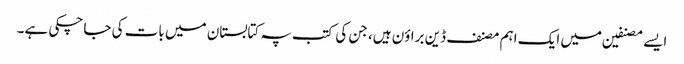
ایسے مصنفین میں ایک اہم مصنف ڈین براؤن ہیں، جن کی کتب پہ کتابستان میں بات کی جا چکی ہے۔